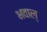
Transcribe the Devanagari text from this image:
भवाल्